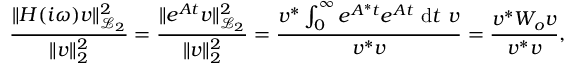
\frac { \| \b { H } ( i \omega ) \b { v } \| _ { \mathcal { L } _ { 2 } } ^ { 2 } } { \| \b { v } \| _ { 2 } ^ { 2 } } = \frac { \| e ^ { \b { A } t } \b { v } \| _ { \mathcal { L } _ { 2 } } ^ { 2 } } { \| \b { v } \| _ { 2 } ^ { 2 } } = \frac { \b { v } ^ { * } \int _ { 0 } ^ { \infty } e ^ { \b { A } ^ { * } t } e ^ { \b { A } t } ~ \mathrm { d } t ~ \b { v } } { \b { v } ^ { * } \b { v } } = \frac { \b { v } ^ { * } \b { W _ { o } } \b { v } } { \b { v } ^ { * } \b { v } } ,